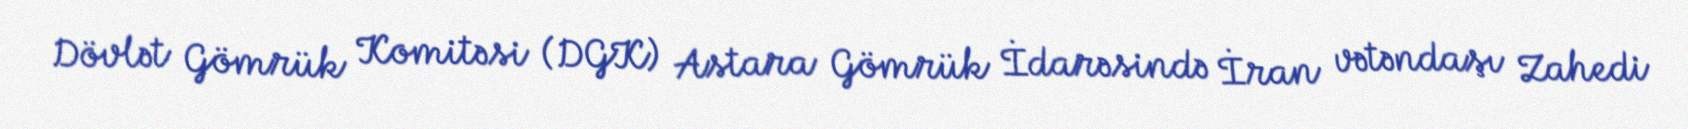
Dövlət Gömrük Komitəsi (DGK) Astara Gömrük İdarəsində İran vətəndaşı Zahedi